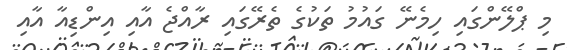
މި ޕްލޭންގައި ހިމެނޭ ގައުމު ތަކުގެ ތެރޭގައި ރާއްޖެ އާއި އިންޑިއާ އާއި